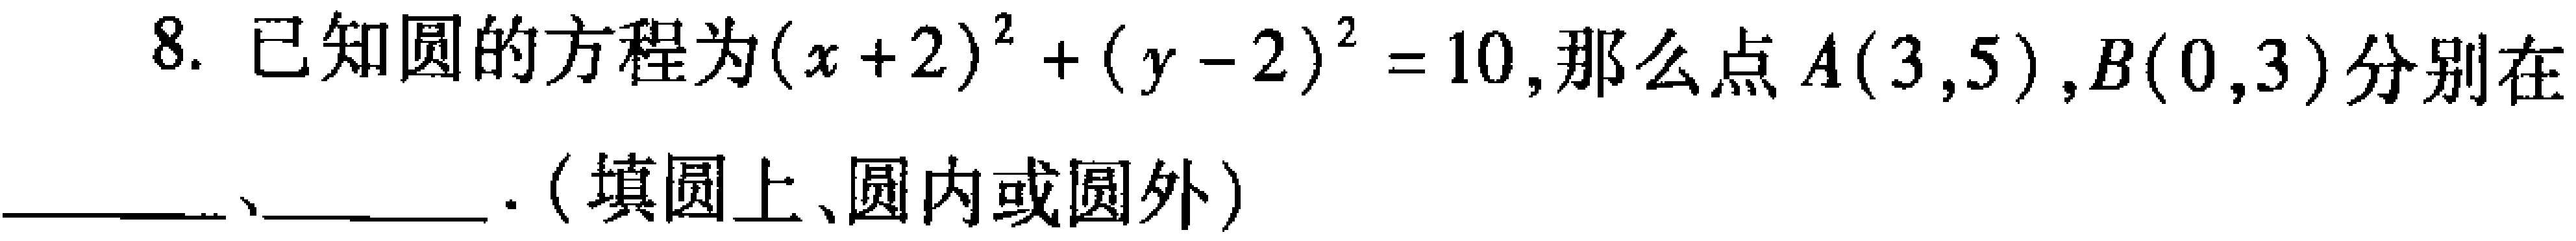
8. 已知圆的方程为\((x + 2)^{2}+(y - 2)^{2}=10\)，那么点\(A(3,5)\)，\(B(0,3)\)分别在  、  ．（填圆上、圆内或圆外）